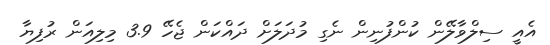
އެއީ ސިލްވާލޭން ކުންފުނިން ނެގި މުދަލަށް ދައްކަން ޖެހޭ 3.9 މިލިއަން ރުފިޔާ